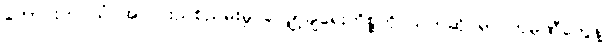
ကောင်းကင်ယံ အလင်းညစ်ညမ်းမှု လျှော့ချရေးကိစ္စကို သက်ဆိုင်ရာ ကုမ္ပဏီတွေနဲ့